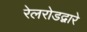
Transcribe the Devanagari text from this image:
रेलरोडद्वारे